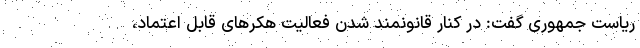
ریاست جمهوری گفت: در کنار قانونمند شدن فعالیت هکرهای قابل اعتماد،